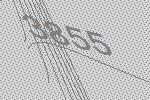
3855